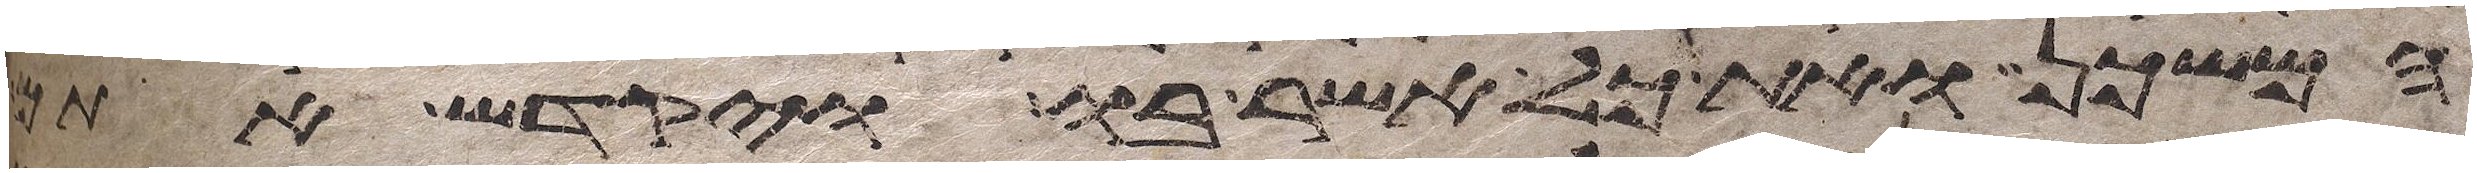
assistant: המשכן ואת כל אשר בו ויקדש אתם